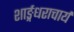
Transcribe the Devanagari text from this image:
शार्ङ्गधराचार्य